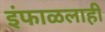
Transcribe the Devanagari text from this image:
इंफाळलाही